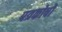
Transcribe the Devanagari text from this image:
पत्रकोषों